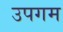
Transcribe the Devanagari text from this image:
उपगम